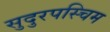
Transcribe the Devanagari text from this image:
सुदुरपस्चिम